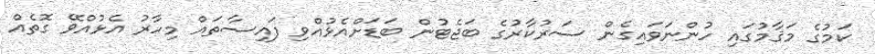
ކަމުގެ މަޤާމުގައި ހުންނަވައިގެން ސަރުކާރުގެ ބަޖެޓުން ބަޑަށްއެޅުއްވި ފައިސާތައް މިހާރު އެޅުއްވޭ ގޮތެއް